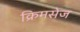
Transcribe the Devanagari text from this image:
क्रिमसेज